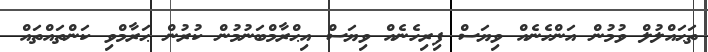
ތަޙައްލުލް ވުމުން އަންހެނެއް ވިޔަސް ފިރިހެނެއް ވިޔަސް އިޙްރާމްބަނުމުން ކުރުން ޙަރާމްވި ކަންތައްތައް